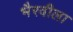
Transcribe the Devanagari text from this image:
भैरवीला